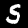
Digit: 5